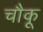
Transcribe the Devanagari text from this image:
चौकू